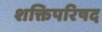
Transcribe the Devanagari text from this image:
शक्तिपरिषद